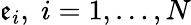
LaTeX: \mathfrak{e}_{i},\; {}i=1,\ldots,N